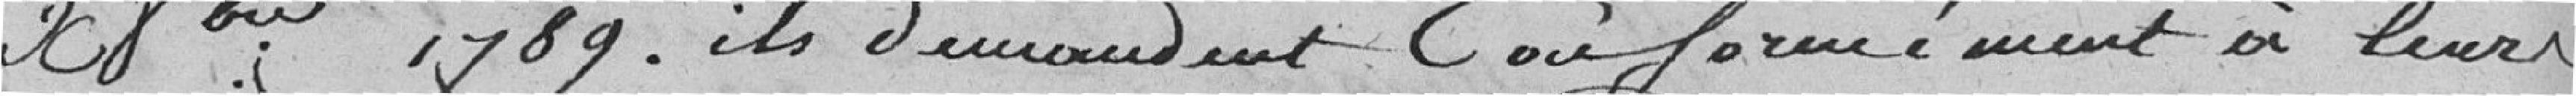
X8e 1789 ils demandent conformément à leur